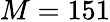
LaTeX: M=151